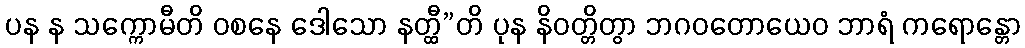
ပန န သက္ကောမီတိ ဝစနေ ဒေါသော နတ္ထီ”တိ ပုန နိဝတ္တိတွာ ဘဂဝတောယေဝ ဘာရံ ကရောန္တော